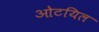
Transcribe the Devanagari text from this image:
ओटयिल